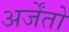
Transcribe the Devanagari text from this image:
अर्जेंतो